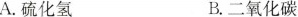
A.硫化氢B.二氧化碳